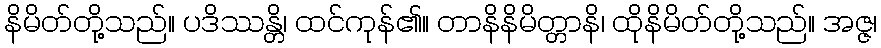
နိမိတ်တို့သည်။ ပဒိဿန္တိ၊ ထင်ကုန်၏။ တာနိနိမိတ္တာနိ၊ ထိုနိမိတ်တို့သည်။ အဇ္ဇ၊